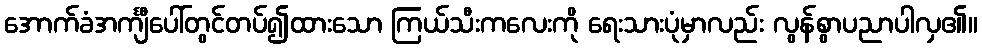
အောက်ခံအင်္ကျီပေါ်တွင်တပ်၍ထားသော ကြယ်သီးကလေးကို ရေးသားပုံမှာလည်း လွန်စွာပညာပါလှ၏။